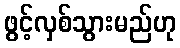
ဖွင့်လှစ်သွားမည်ဟု